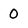
Character: 0